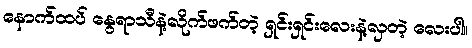
နောက်ထပ် နွေရာသီနဲ့လိုက်ဖက်တဲ့ ရှင်းရှင်းလေးနဲ့လှတဲ့ လေးပါ။